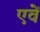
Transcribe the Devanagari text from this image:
एवें